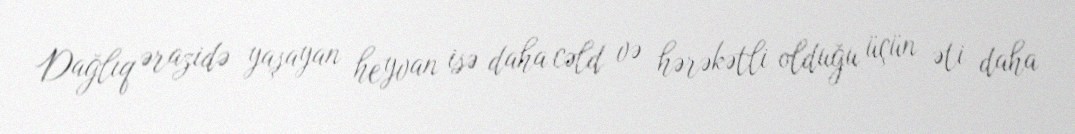
Dağlıq ərazidə yaşayan heyvan isə daha cəld və hərəkətli olduğu üçün əti daha